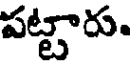
పట్టారు.